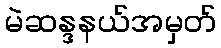
မဲဆန္ဒနယ်အမှတ်